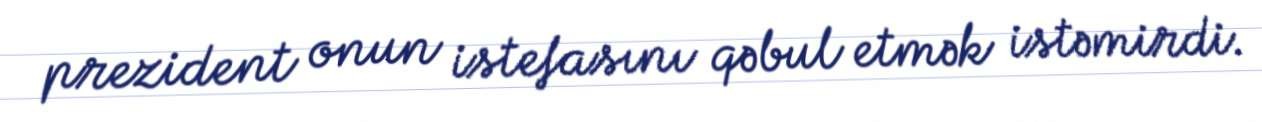
prezident onun istefasını qəbul etmək istəmirdi.